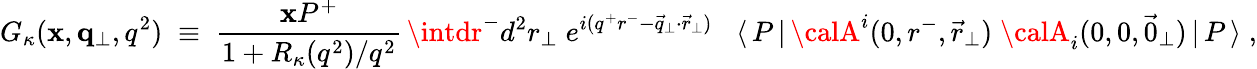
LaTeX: G_{\kappa}(\mathbf{x},{\mathbf{q}}_{\perp},q^{2})\; \equiv\; \frac{{\mathbf{x}P^{+}}}{{1+R_{\kappa}(q^{2})/q^{2}}}\, \intdr^{-}d^{2}r_{\perp}\; e^{i(q^{+}r^{-}-\vec{{q}}_{\perp}\cdot\vec{{r}}_{\perp})}\; \; \; \langle\, P\, |\, {\calA}^{i}(0,r^{-},\vec{{r}}_{\perp})\; {\calA}_{i}(0,0,\vec{{0}}_{\perp})\, |\, P\, \rangle\; ,